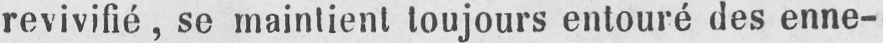
revivifié, se maintient toujours entouré des enne-